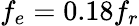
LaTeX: f_{e}=0.18f_{r}